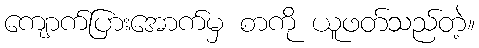
ကျောက်ပြားအောက်မှ စာကို ယူဖတ်သည်တဲ့။